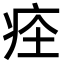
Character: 𤵞